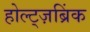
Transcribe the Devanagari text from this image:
होल्ट्ज़ब्रिंक